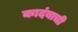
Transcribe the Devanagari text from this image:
कादंबाची